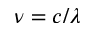
\nu = c / \lambda